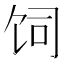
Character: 饲